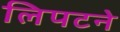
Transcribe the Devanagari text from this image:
लिपटने